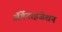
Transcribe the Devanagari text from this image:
ॲर्गेनाइजेशन